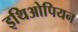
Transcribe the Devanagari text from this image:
इथिओपियन